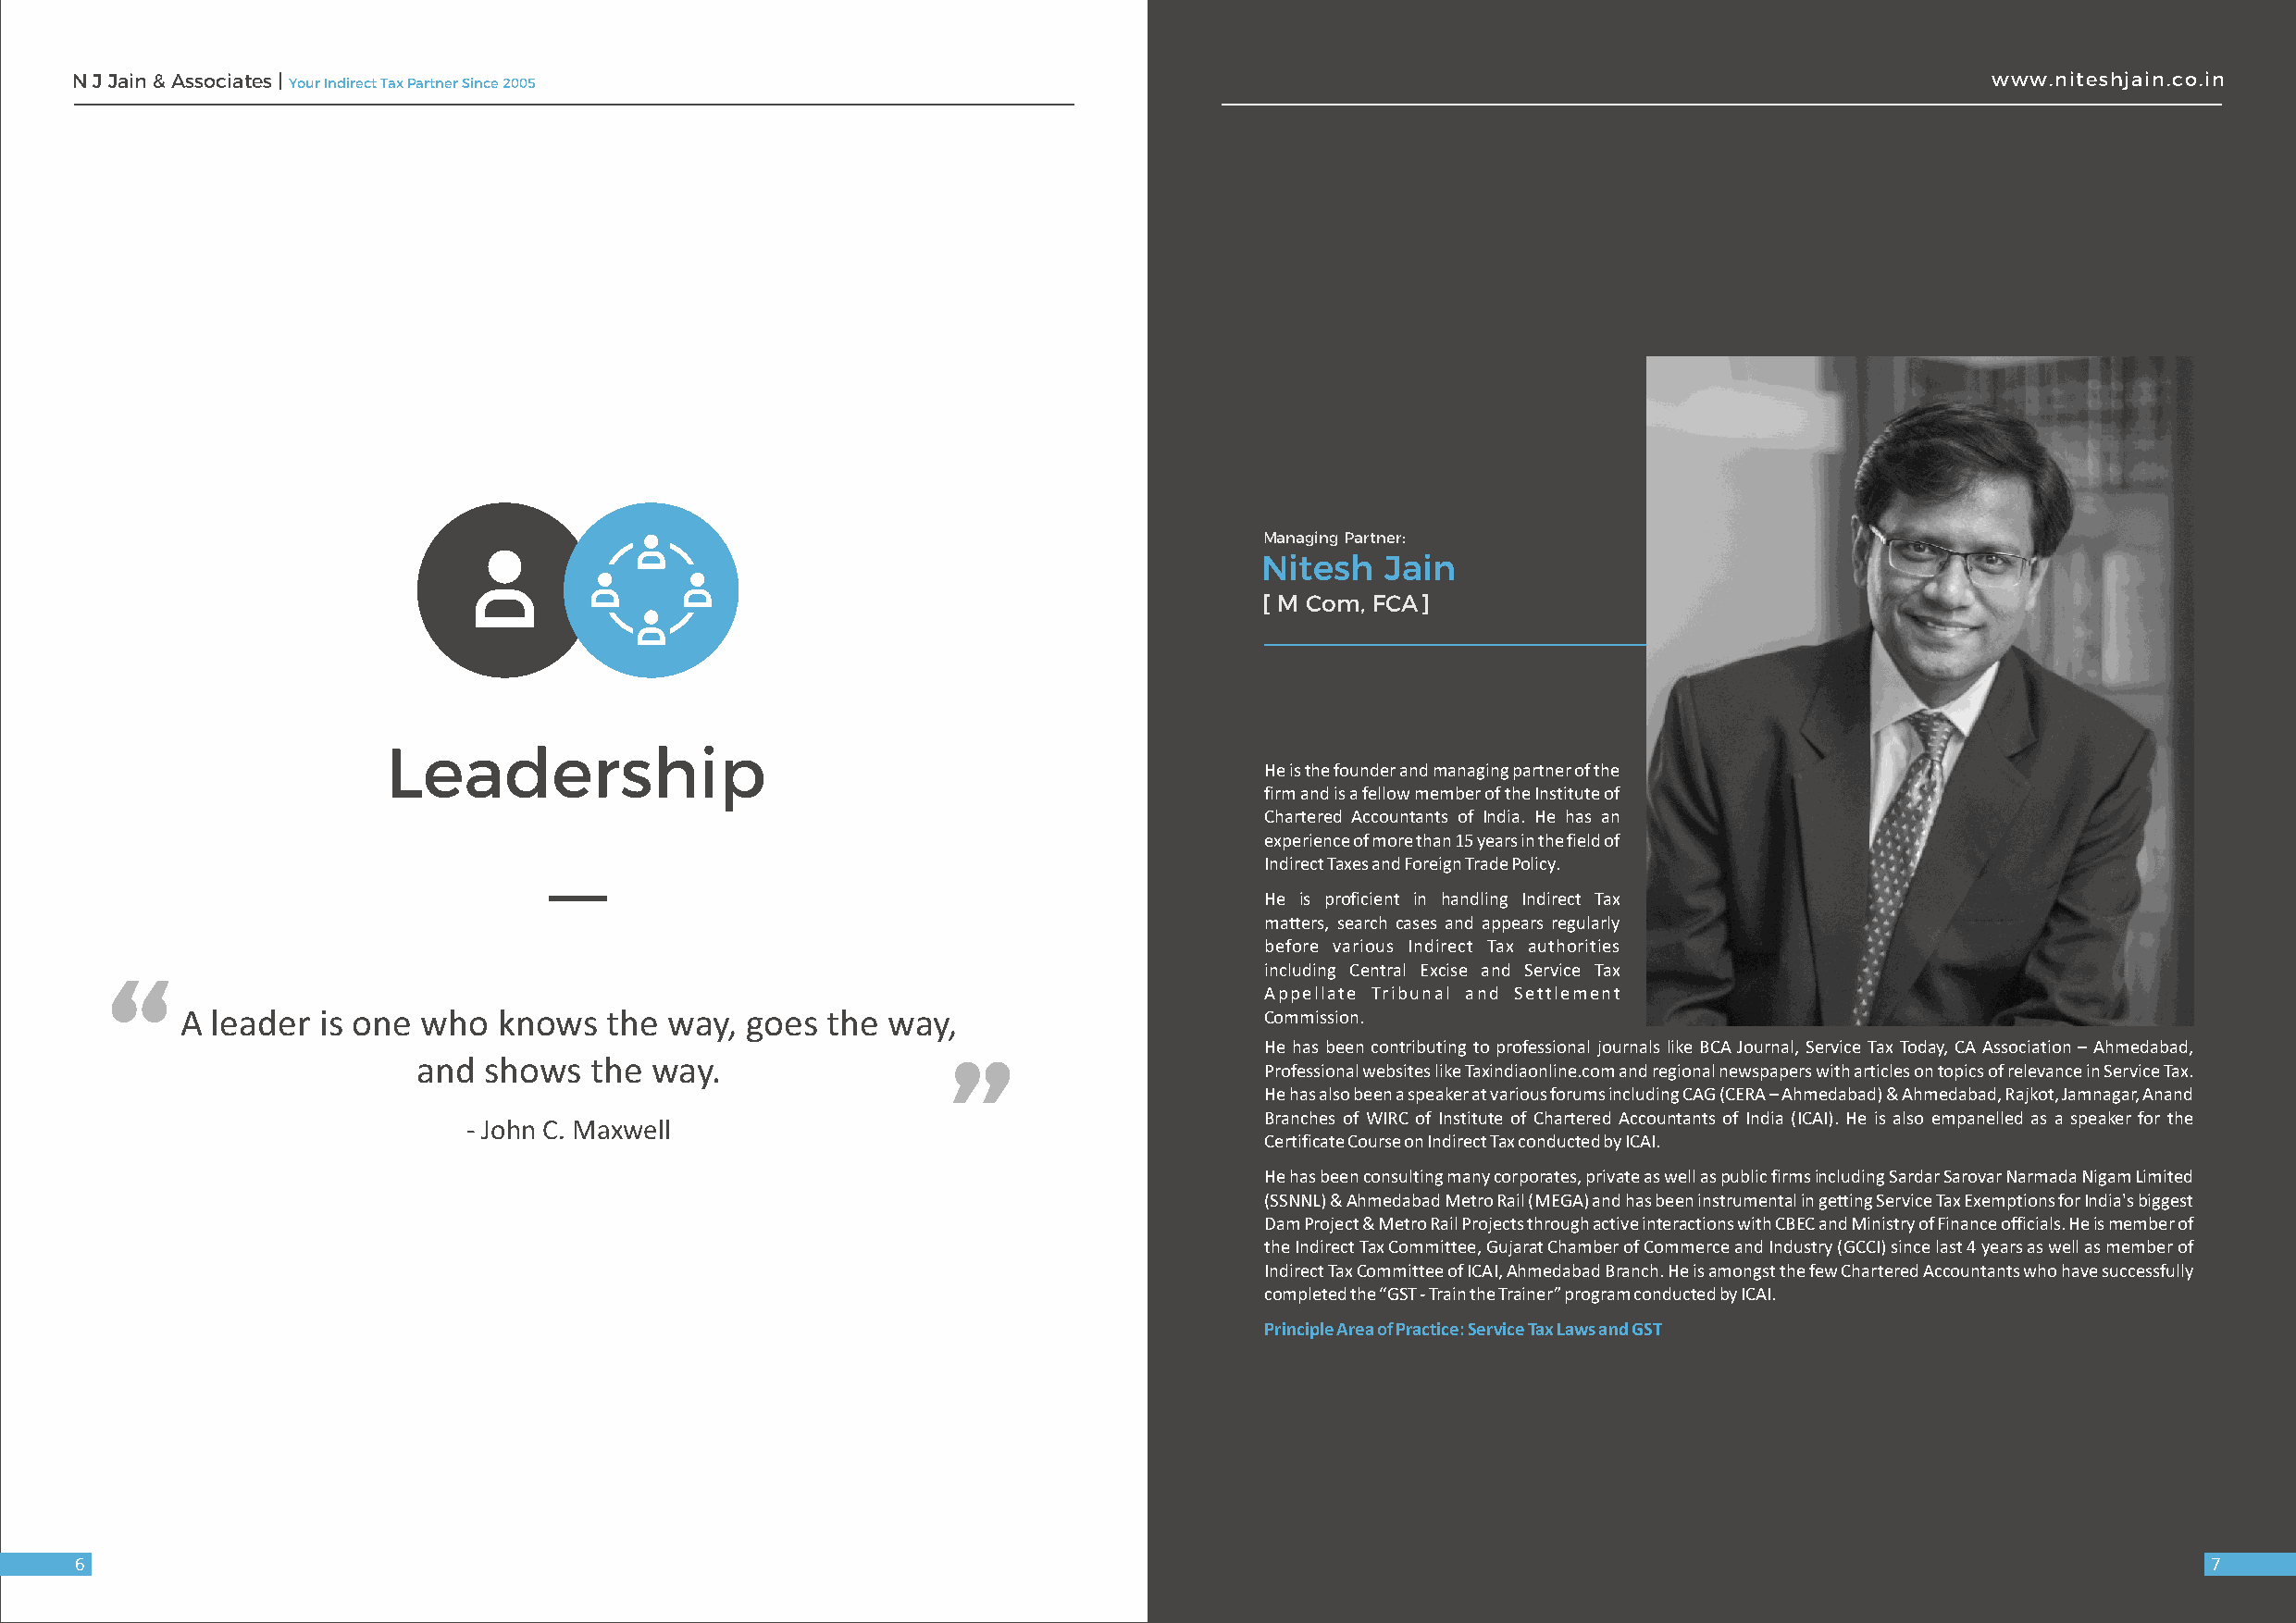
N J Jain & Associates | Your Indirect Tax Partner Since 2005                                                                             www.niteshjain.co.in
 Managing Partner:
 Nitesh   Jain
 [ M Com, FCA]
 Leadership
 He is the founder and managing partner of the
 firm and is a fellow member of the Institute of
 Chartered Accountants of India. He has an
 experience of more than 15 years in the field of
 Indirect Taxes and Foreign Trade Policy.
 He is proficient in handling Indirect Tax
 “                     matters, search cases and appears regularly
 before various Indirect Tax authorities
 including Central Excise and Service Tax
 “
 Appellate Tribunal and Settlement
 A leader  is one who   knows  the  way, goes  the  way,                      Commission.
 He has been contributing to professional journals like BCA Journal, Service Tax Today, CA Association – Ahmedabad,
 and  shows  the  way.
 Professional websites like Taxindiaonline.com and regional newspapers with articles on topics of relevance in Service Tax.
 He has also been a speaker at various forums including CAG (CERA – Ahmedabad) & Ahmedabad, Rajkot, Jamnagar, Anand
 Branches of WIRC of Institute of Chartered Accountants of India (ICAI). He is also empanelled as a speaker for the
 - John C. Maxwell
 Certificate Course on Indirect Tax conducted by ICAI.
 He has been consulting many corporates, private as well as public firms including Sardar Sarovar Narmada Nigam Limited
 (SSNNL) & Ahmedabad Metro Rail (MEGA) and has been instrumental in getting Service Tax Exemptions for India's biggest
 Dam Project & Metro Rail Projects through active interactions with CBEC and Ministry of Finance officials. He is member of
 the Indirect Tax Committee, Gujarat Chamber of Commerce and Industry (GCCI) since last 4 years as well as member of
 Indirect Tax Committee of ICAI, Ahmedabad Branch. He is amongst the few Chartered Accountants who have successfully
 completed the “GST - Train the Trainer” program conducted by ICAI.
 Principle Area of Practice: Service Tax Laws and GST
 6                                                                                                                                                        7